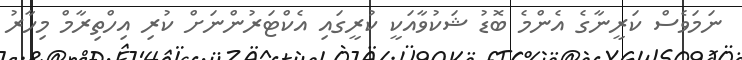
ނަމަވެސް ކަރީނާގެ އެންމެ ބޮޑު ޝަކުވާއަކީ ކުރީގައި އެކްޓަރުންނަށް ކުރި އިހްތިރާމް މިހާރު